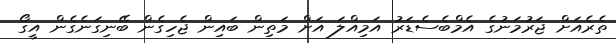
ތެރެއަށް ޖަރުމަނުގެ އެމްބެސެޑަރު އަމިއްލަ އަށް މަތިން ބައިން ޖެހިގެން ބޭނިގަނެގެން އީގޯ